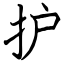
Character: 护